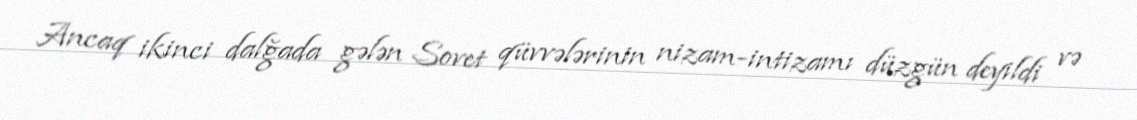
Ancaq ikinci dalğada gələn Sovet qüvvələrinin nizam-intizamı düzgün deyildi və